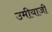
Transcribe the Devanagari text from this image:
उमीयाजी